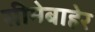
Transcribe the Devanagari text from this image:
सीमेबाहेर